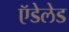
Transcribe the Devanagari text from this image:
ऍडेलेड